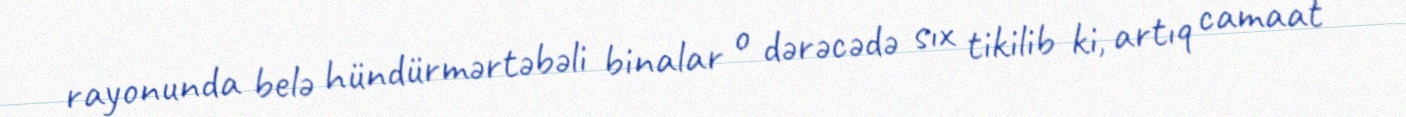
rayonunda belə hündürmərtəbəli binalar o dərəcədə sıx tikilib ki, artıq camaat